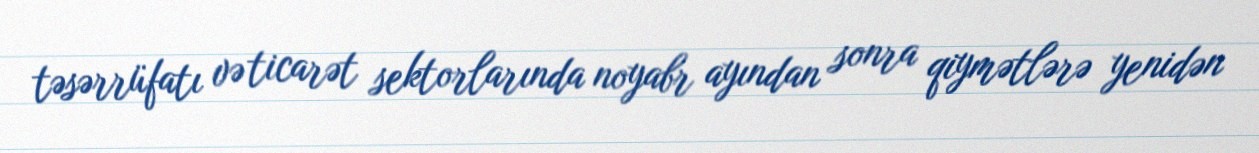
təsərrüfatı və ticarət sektorlarında noyabr ayından sonra qiymətlərə yenidən